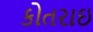
કોતરાઇ